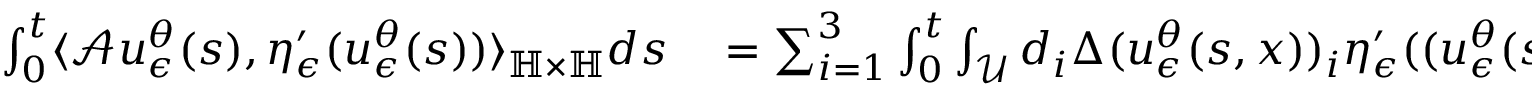
\begin{array} { r l } { \int _ { 0 } ^ { t } \langle \mathcal { A } u _ { \epsilon } ^ { \theta } ( s ) , \eta _ { \epsilon } ^ { \prime } ( u _ { \epsilon } ^ { \theta } ( s ) ) \rangle _ { \mathbb { H } \times \mathbb { H } } d s } & { { } = \sum _ { i = 1 } ^ { 3 } \int _ { 0 } ^ { t } \int _ { \mathcal { U } } d _ { i } \Delta ( u _ { \epsilon } ^ { \theta } ( s , x ) ) _ { i } \eta _ { \epsilon } ^ { \prime } ( ( u _ { \epsilon } ^ { \theta } ( s , x ) ) _ { i } ) d x d s } \end{array}